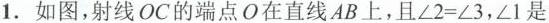
1.如图，射线OC的端点O在直线AB上，且∠2=∠3，∠1是